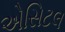
એસિટલ